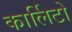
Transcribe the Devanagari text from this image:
कार्लिटो